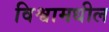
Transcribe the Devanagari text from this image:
विश्वामधील